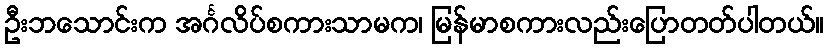
ဦးဘသောင်းက အင်္ဂလိပ်စကားသာမက၊ မြန်မာစကားလည်းပြောတတ်ပါတယ်။